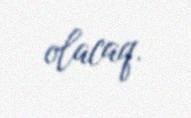
olacaq.